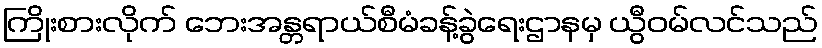
ကြိုးစားလိုက် ဘေးအန္တရာယ်စီမံခန့်ခွဲရေးဌာနမှ ယွီဝမ်လင်သည်